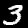
Label: 3